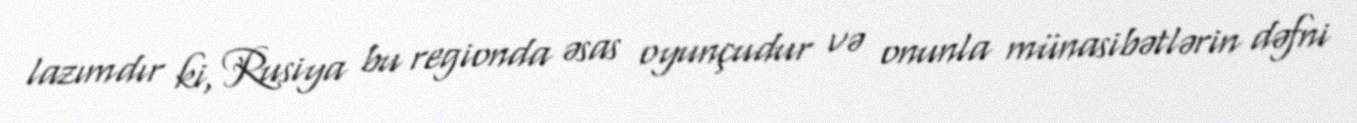
lazımdır ki, Rusiya bu regionda əsas oyunçudur və onunla münasibətlərin dəfni